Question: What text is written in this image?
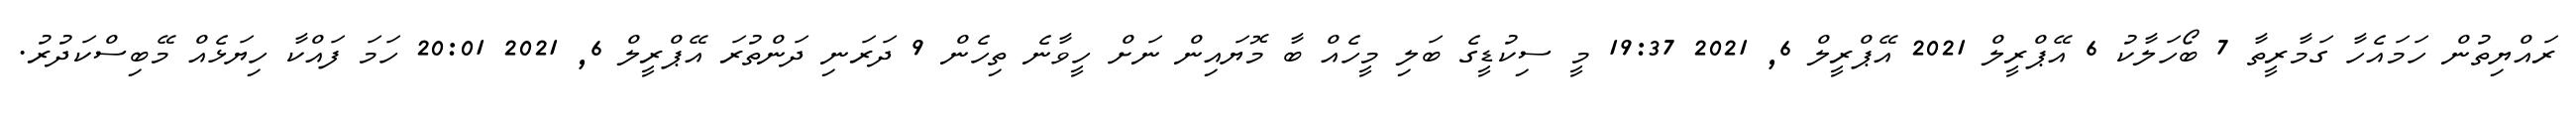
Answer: ރައްޔިތުން ހަމައެހާ ގަމާރީތާ 7 ބޯހަލާކު 6 އޭޕްރީލް 2021 އޭޕްރީލް 6, 2021 19:37 މީ ސިކުޑީގެ ބަލި މީހެއް ބާ މޮޔައިން ނަށް ހީވާނެ ތިހެން 9 ދަރަނި ދަންތުރަ އޭޕްރީލް 6, 2021 20:01 ހަމަ ފައްކާ ހިޔަޅެއް މޭބިސްކަދުރު.